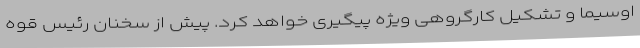
اوسیما و تشکیل کارگروهی ویژه پیگیری خواهد کرد. پیش از سخنان رئیس قوه